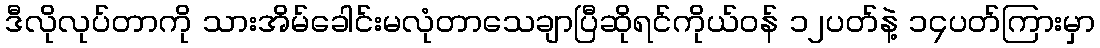
ဒီလိုလုပ်တာကို သားအိမ်ခေါင်းမလုံတာသေချာပြီဆိုရင်ကိုယ်ဝန် ၁၂ပတ်နဲ့ ၁၄ပတ်ကြားမှာ